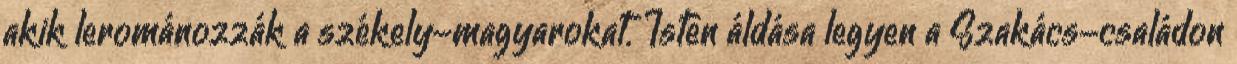
akik lerománozzák a székely-magyarokat. Isten áldása legyen a Szakács-családon